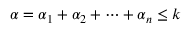
\alpha = \alpha _ { 1 } + \alpha _ { 2 } + \cdots + \alpha _ { n } \leq k